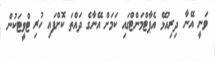
ވަނީ އޭނާ ދިރިއުޅޭ އެޕާޓްމަންޓްގައި ކަމަށް އޭނާގެ ދައްތަ ކޮށްފައި ހުރި ޓްވީޓަކުން